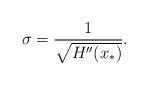
LaTeX: \begin{align*}\sigma=\frac{1}{\sqrt{H''(x_*)}}.\end{align*}